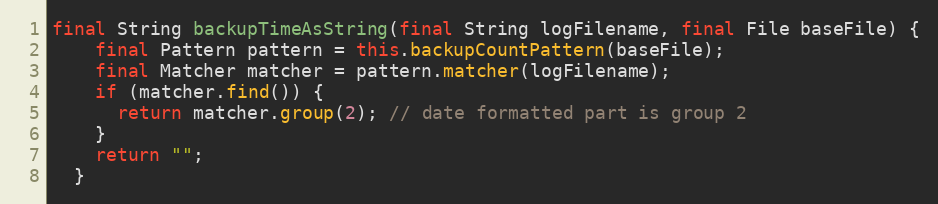
Language: Java
final String backupTimeAsString(final String logFilename, final File baseFile) {
    final Pattern pattern = this.backupCountPattern(baseFile);
    final Matcher matcher = pattern.matcher(logFilename);
    if (matcher.find()) {
      return matcher.group(2); // date formatted part is group 2
    }
    return "";
  }